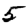
Digit: 5